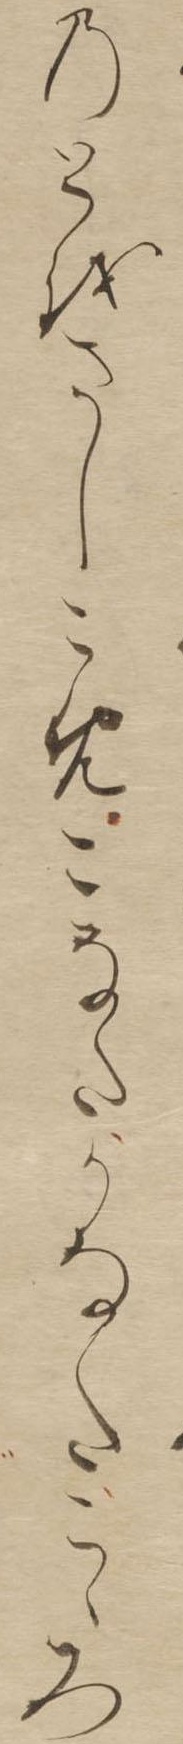
のとをさしこめこなたかなたこゝろ